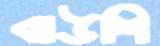
বাউশি